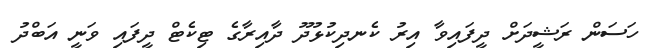
ހަސަން ރަޝީދަށް ދީފައިވާ އިރު ކެނދިކުޅުދޫ ދާއިރާގެ ޓިކެޓް ދީފައި ވަނީ އަބްދު